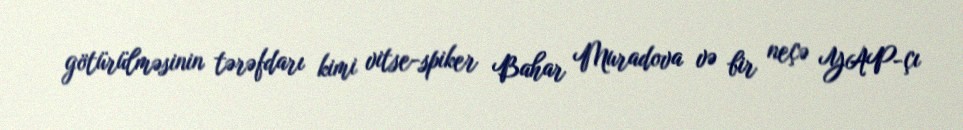
götürülməsinin tərəfdarı kimi vitse-spiker Bahar Muradova və bir neçə YAP-çı